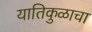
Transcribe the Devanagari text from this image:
यातिकुळाचा